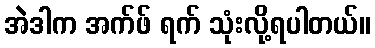
အဲဒါက အက်ဖ် ရက် သုံးလို့ရပါတယ်။